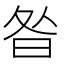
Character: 昝